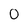
Character: 0